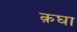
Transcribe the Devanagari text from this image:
क़घा